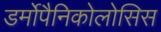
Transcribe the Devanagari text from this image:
डर्मोपैनिकोलोसिस